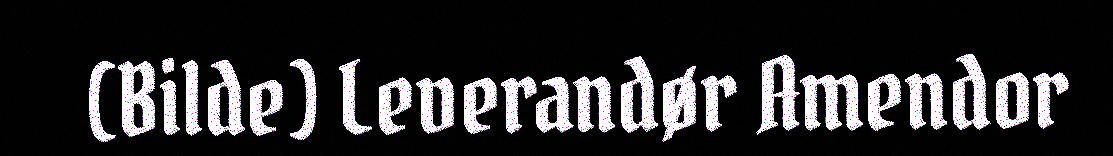
(Bilde) Leverandør Amendor